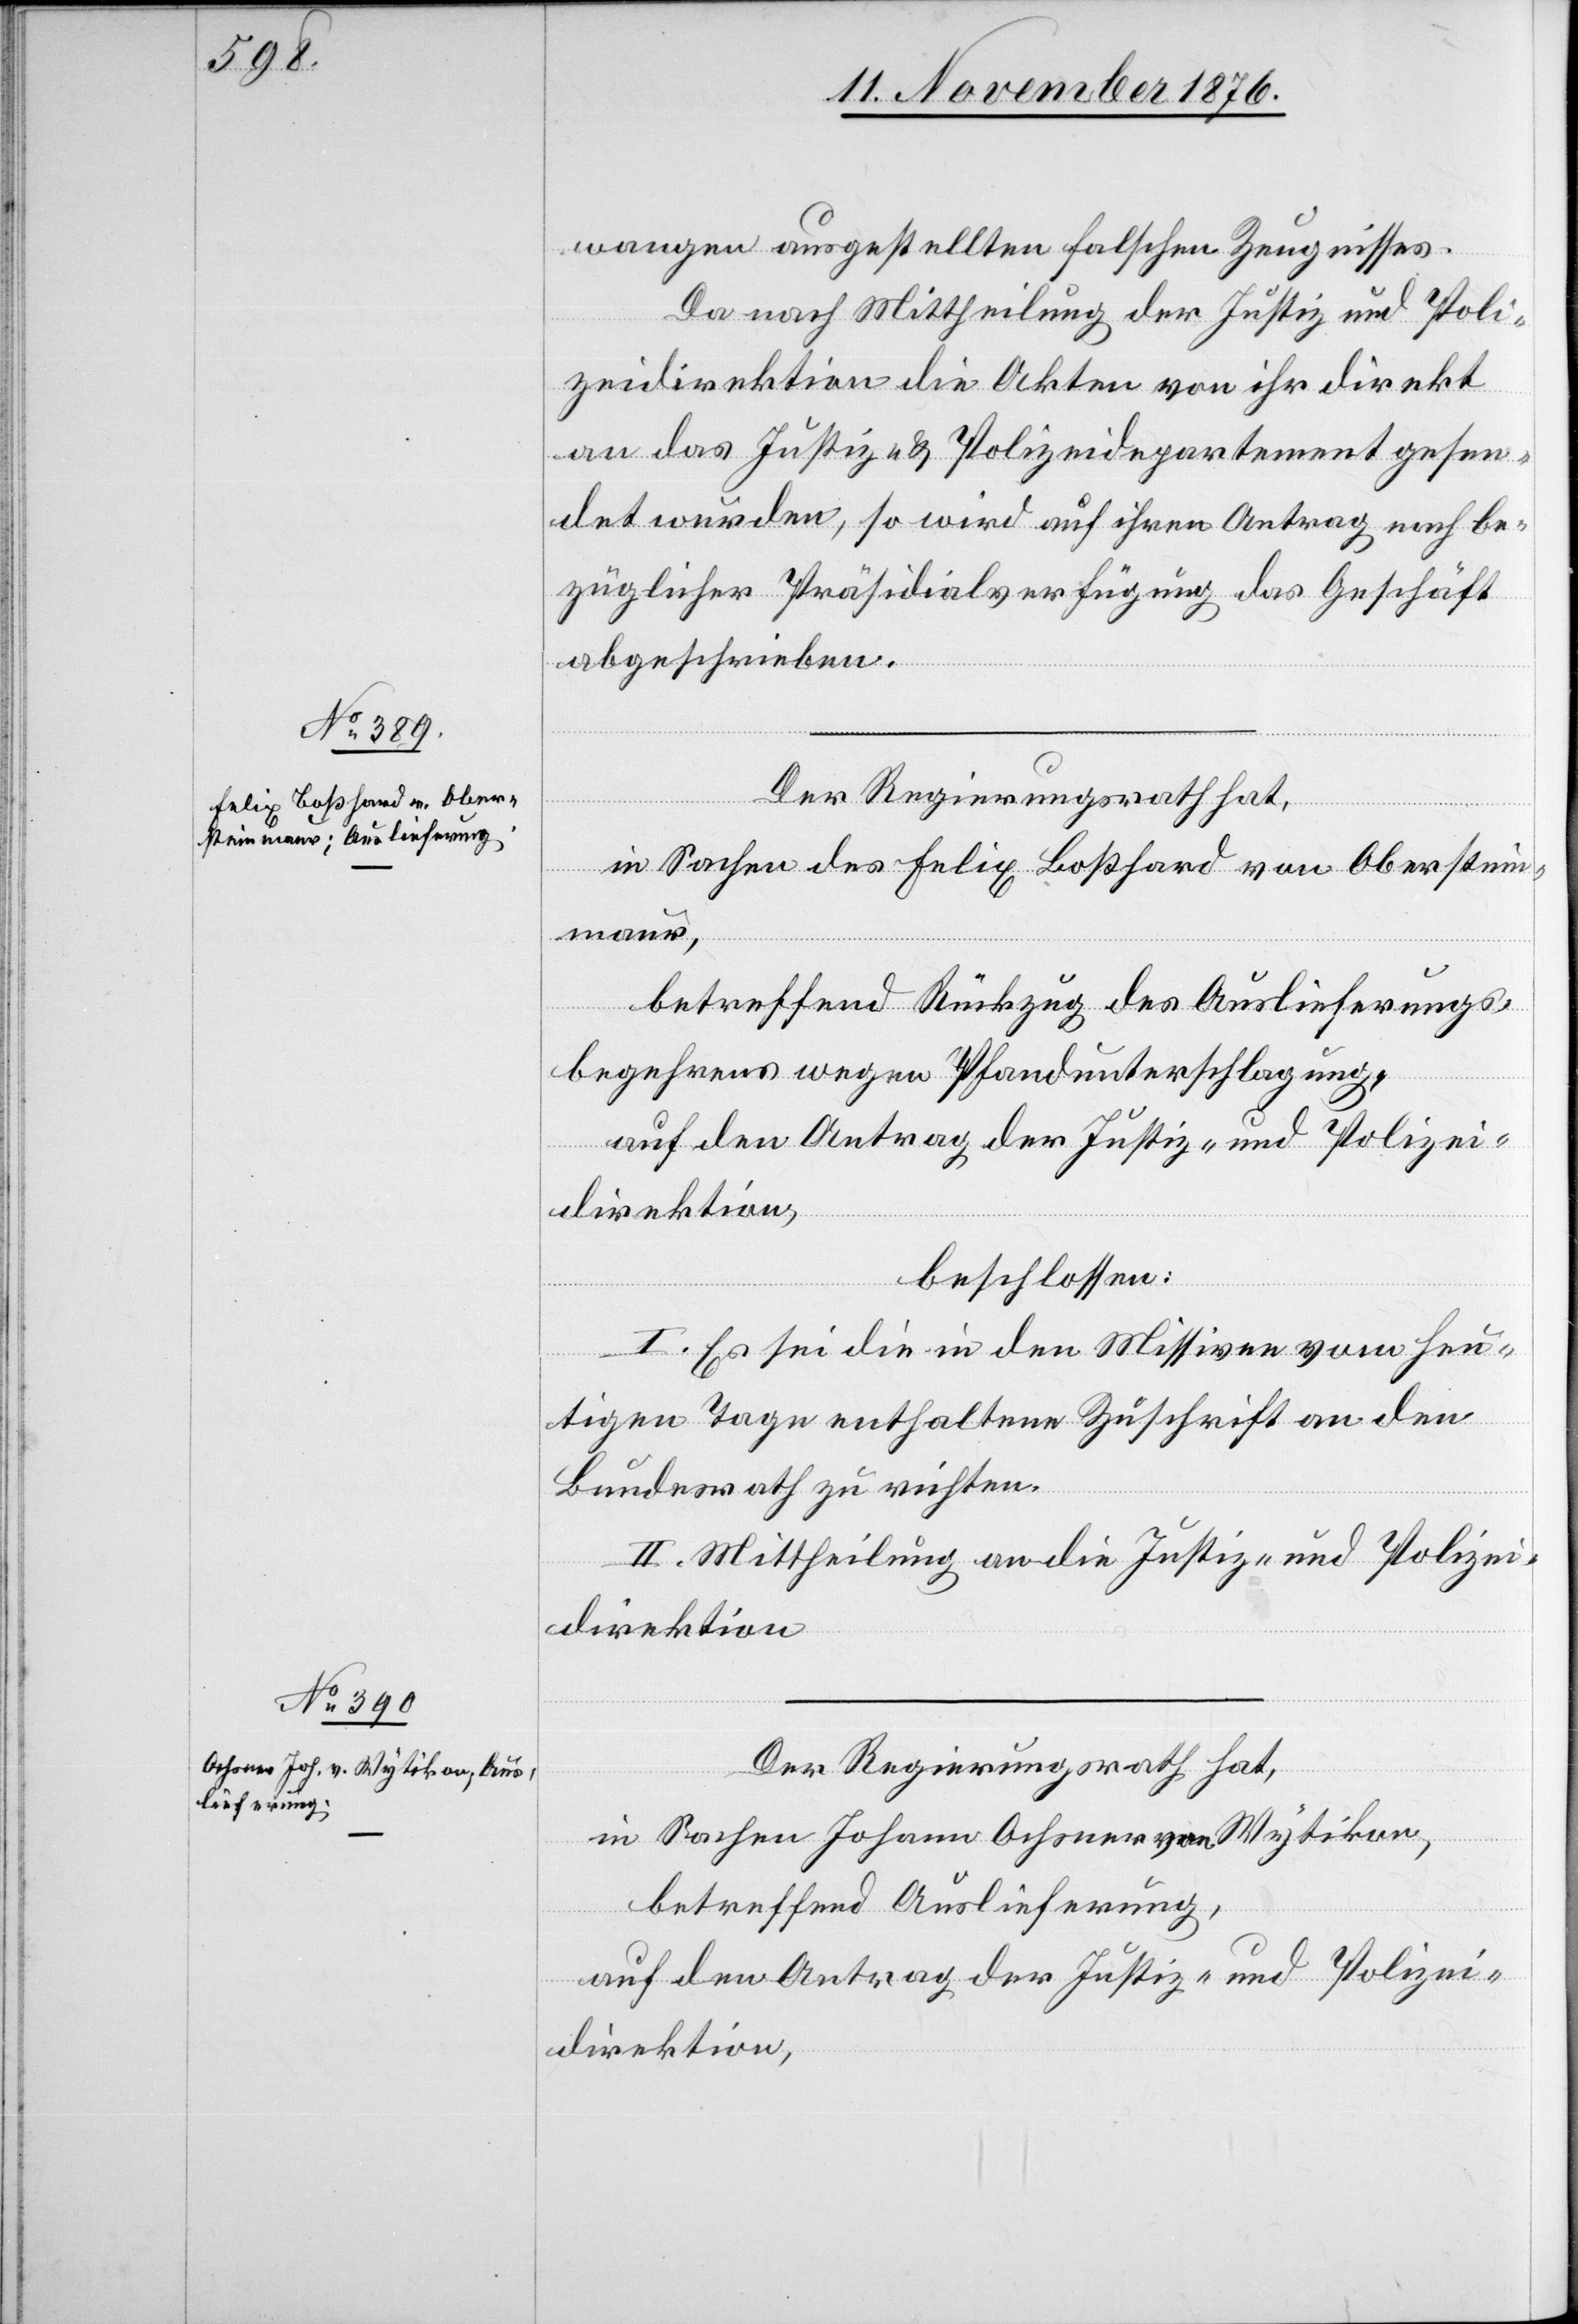
13. November 1876.]
wangen ausgestellten falschen Zeugnisses.
Da nach Mittheilung der Justiz- und Poli¬
zeidirektion die Akten von ihr direkt
an das Justiz- & Polizeidepartement gesen¬
det wurden, so wird auf ihren Antrag nach be¬
züglicher Präsidialverfügung das Geschäft
abgeschrieben.
Der Regierungsrath hat,
in Sachen des Felix Boßhard von Oberstein¬
maur,
betreffend Rückzug des Auslieferungs¬
begehrens wegen Pfandunterschlagung,
auf den Antrag der Justiz- und Polizei¬
direktion,
beschlossen:
I. Es sei die in den Missiven vom heu¬
tigen Tage enthaltene Zuschrift an den
Bundesrath zu richten.
II. Mittheilung an die Justiz- und Polizei¬
direktion.
Der Regierungsrath hat,
in Sachen Johann Ochsner von Wytikon,
betreffend Auslieferung,
auf den Antrag der Justiz- und Polizei¬
direktion,